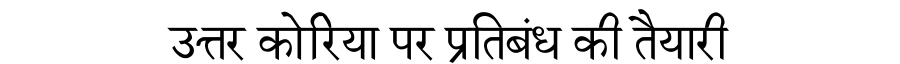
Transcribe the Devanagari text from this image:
उत्तर कोरिया पर प्रतिबंध की तैयारी